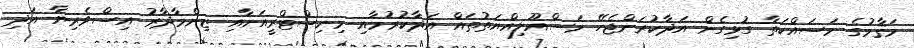
މަޤާމުގެ މަސައްކަތާ ގުޅިގެން އަދާކުރަންޖެހޭ މަސްއޫލިއްޔަތުތައް އަދާކުރުމާއި މިނިސްޓްރީއަށާއި ޒިންމާދާރު އިސްވެރިޔާ އަދި